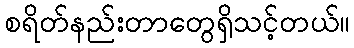
စရိတ်နည်းတာတွေရှိသင့်တယ်။